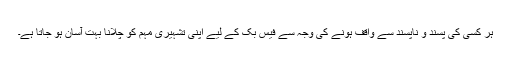
ہر کسی کی پسند و ناپسند سے واقف ہونے کی وجہ سے فیس بک کے لیے اپنی تشہیری مہم کو چلانا بہت آسان ہو جاتا ہے۔